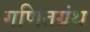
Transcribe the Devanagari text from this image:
गणितग्रंथ